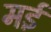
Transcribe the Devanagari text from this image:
मर्इ